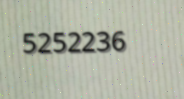
5252236